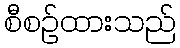
စီစဉ်ထားသည်